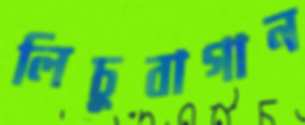
লিচুবাগান